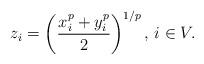
LaTeX: \begin{align*} z_i=\left(\frac{x_i^p+y_i^p}{2}\right)^{1/p},\,i\in V.\end{align*}